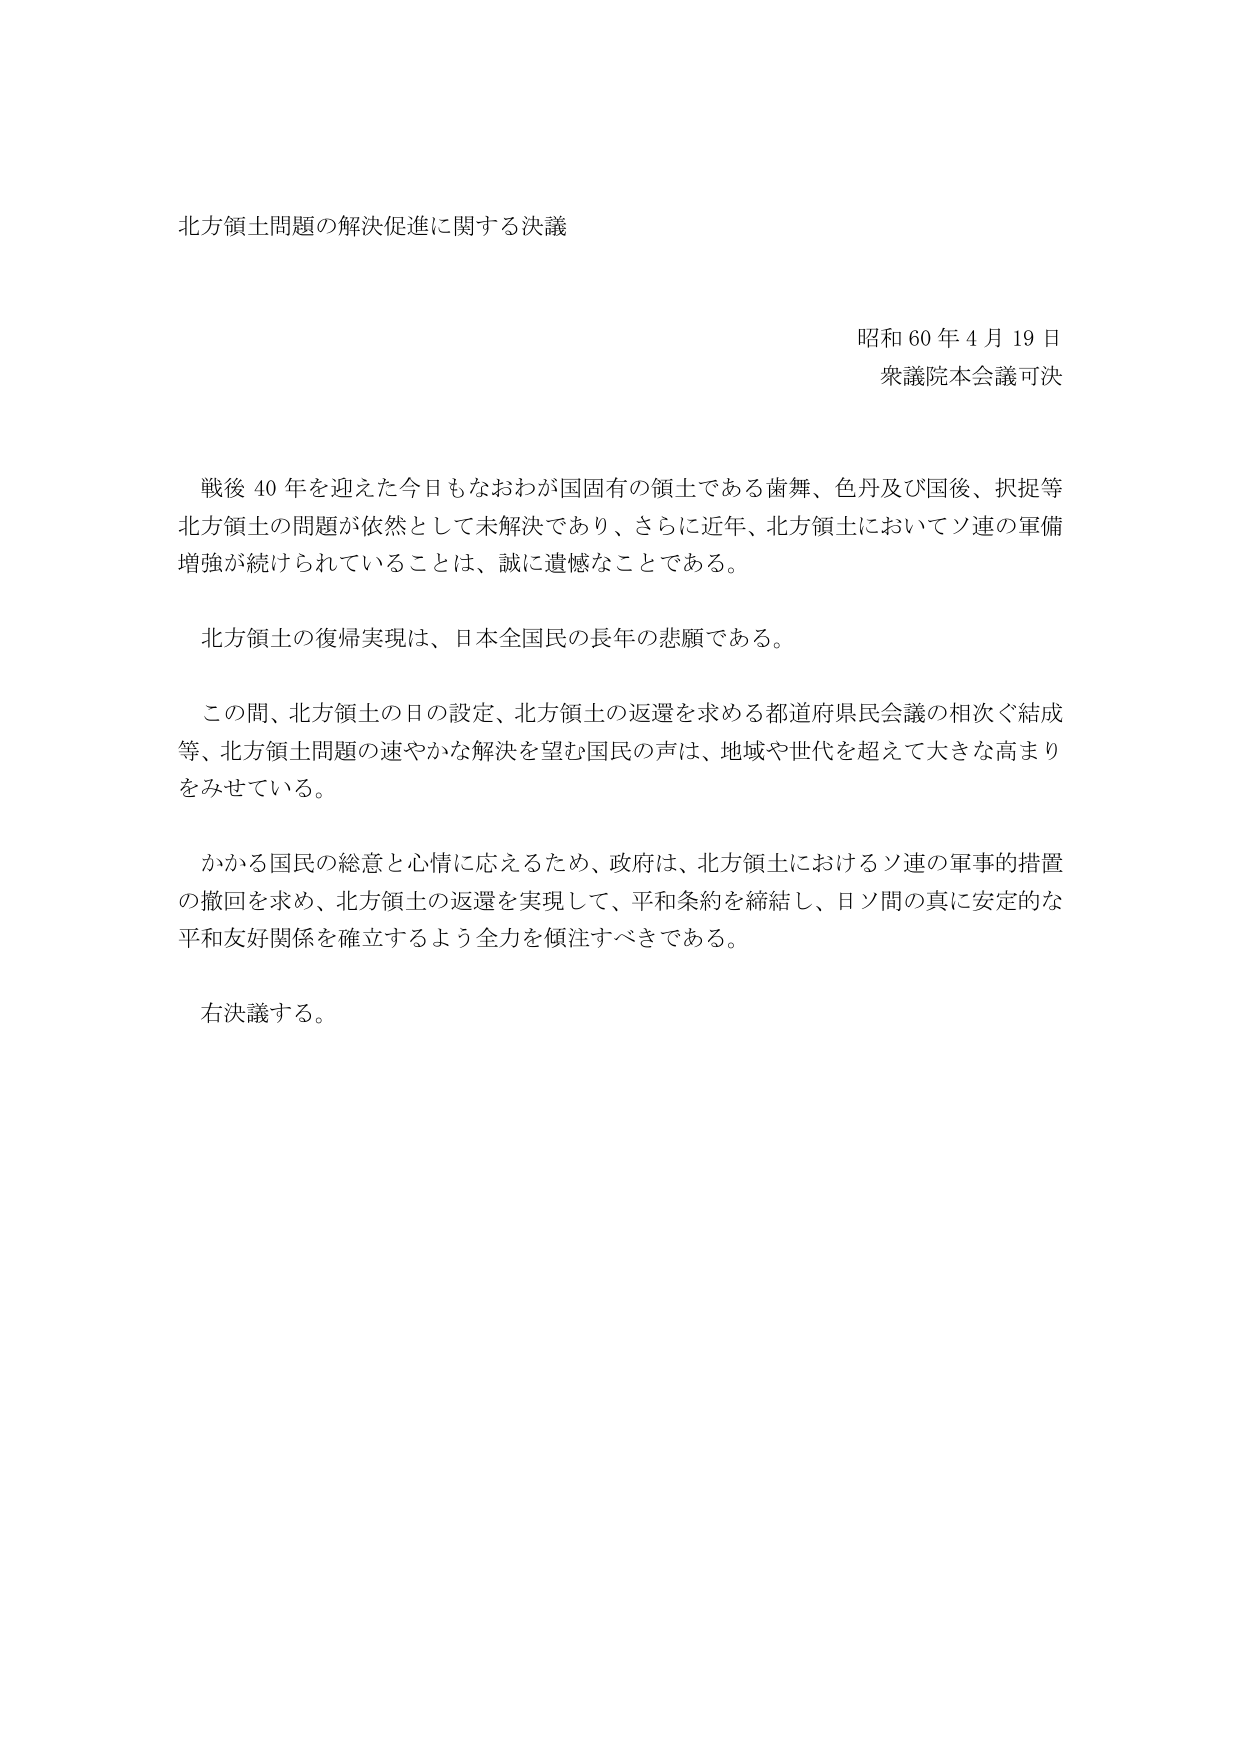
北方領土問題の解決促進に関する決議

昭和60年4月19日
衆議院本会議可決

戦後40年を迎えた今日もなおわが国固有の領土である歯舞、色丹及び国後、択捉等北方領土の問題が依然として未解決であり、さらに近年、北方領土においてソ連の軍備増強が続けられていることは、誠に遺憾なことである。

北方領土の復帰実現は、日本全国民の長年の悲願である。

この間、北方領土の日の設定、北方領土の返還を求める都道府県民会議の相次ぐ結成等、北方領土問題の速やかな解決を望む国民の声は、地域や世代を超えて大きな高まりをみせている。

かかる国民の総意と心情に応えるため、政府は、北方領土におけるソ連の軍事的措置の撤回を求め、北方領土の返還を実現して、平和条約を締結し、日ソ間の真に安定的な平和友好関係を確立するよう全力を傾注すべきである。

右決議する。